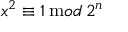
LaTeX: x ^ { 2 } \equiv 1 \, { \mathrm m o d } \, 2 ^ { n }